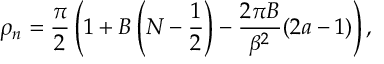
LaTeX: \rho _ { n } = \frac { \pi } { 2 } \left( 1 + B \left( N - \frac { 1 } { 2 } \right) - \frac { 2 \pi B } { \beta ^ { 2 } } ( 2 a - 1 ) \right) ,